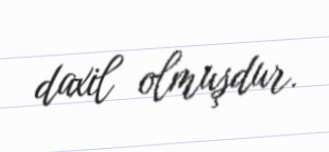
daxil olmuşdur.